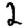
Digit: 2